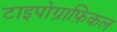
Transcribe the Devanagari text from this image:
टाइपोग्राफ़िकल